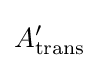
A_{\rm {trans}}^{\prime }